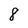
Character: 8